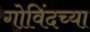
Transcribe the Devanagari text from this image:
गोविंदच्या